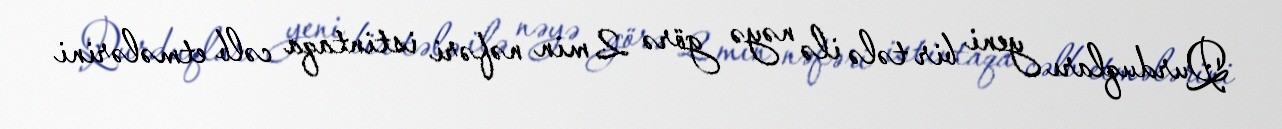
Qurduqları yeni bir tələ ilə nəyə görə 2 min nəfəri istintaqa cəlb etmələrini